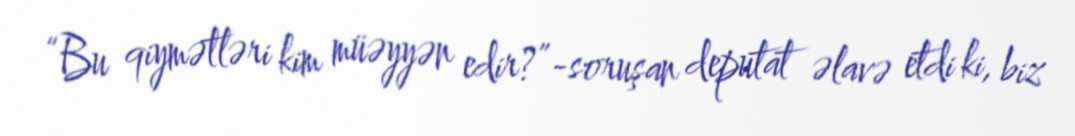
“Bu qiymətləri kim müəyyən edir?”-soruşan deputat əlavə etdi ki, biz